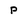
Character: p